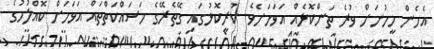
އެހެން މީހުނަށް ވުރެ ތަންކޮޅެއް އަވަހަށެވެ. ކުރީކޮޅުގައި ގޭތެރޭގެ މަސައްކަތްތައް އަވަހަށް ކޮއްލުމުގެ